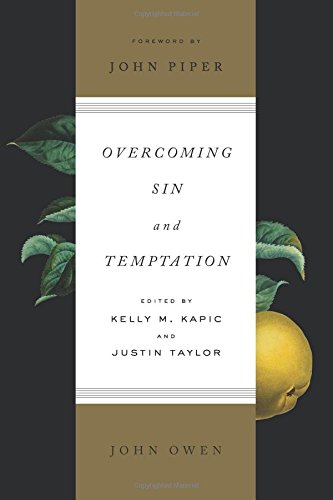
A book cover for Overcoming Sin and Temptation (Redesign); John Owen; Christian Books & Bibles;